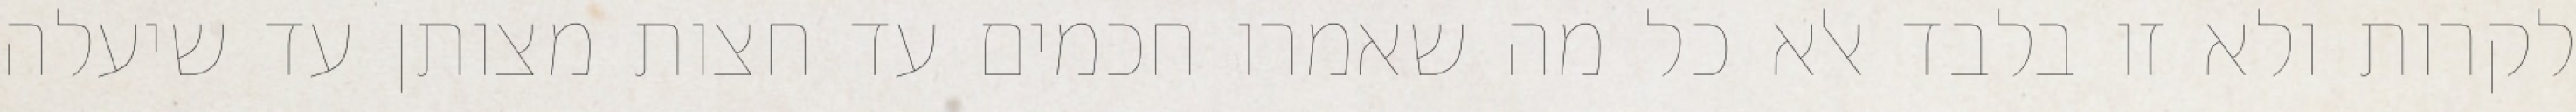
לקרות ולא זו בלבד אלא כל מה שאמרו חכמים עד חצות מצותן עד שיעלה